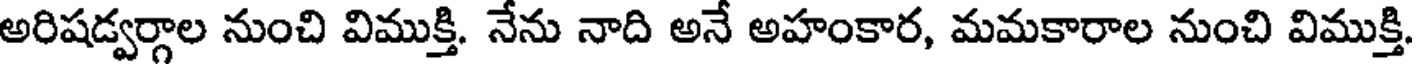
అరిషడ్వర్గాల నుంచి విముక్తి. నేను నాది అనే అహంకార, మమకారాల నుంచి విముక్తి